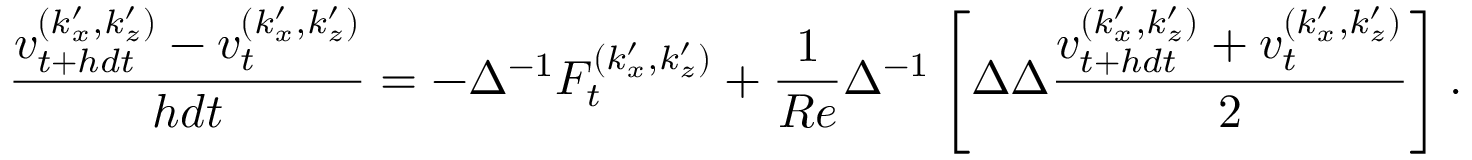
\frac { v _ { t + h d t } ^ { ( k _ { x } ^ { \prime } , k _ { z } ^ { \prime } ) } - v _ { t } ^ { ( k _ { x } ^ { \prime } , k _ { z } ^ { \prime } ) } } { h d t } = - \Delta ^ { - 1 } F _ { t } ^ { ( k _ { x } ^ { \prime } , k _ { z } ^ { \prime } ) } + \frac { 1 } { R e } \Delta ^ { - 1 } \left[ \Delta \Delta \frac { v _ { t + h d t } ^ { ( k _ { x } ^ { \prime } , k _ { z } ^ { \prime } ) } + v _ { t } ^ { ( k _ { x } ^ { \prime } , k _ { z } ^ { \prime } ) } } { 2 } \right] .